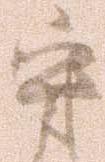
守